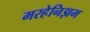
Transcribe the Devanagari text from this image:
मरहेनिझम